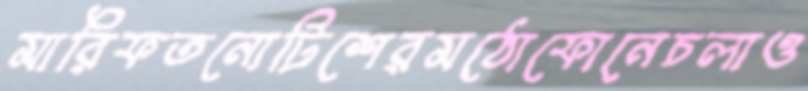
মারিফতনোটিশেরমঠোফোনেচলাও